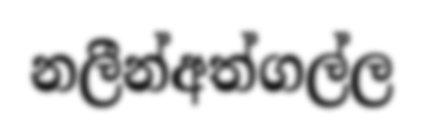
නලීන්අත්ගල්ල